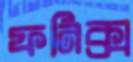
ফনিক্স